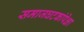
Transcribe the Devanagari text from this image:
समाजघटकांपेक्षा